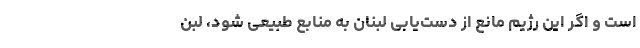
است و اگر این رژیم مانع از دست‌یابی لبنان به منابع طبیعی شود، لبن